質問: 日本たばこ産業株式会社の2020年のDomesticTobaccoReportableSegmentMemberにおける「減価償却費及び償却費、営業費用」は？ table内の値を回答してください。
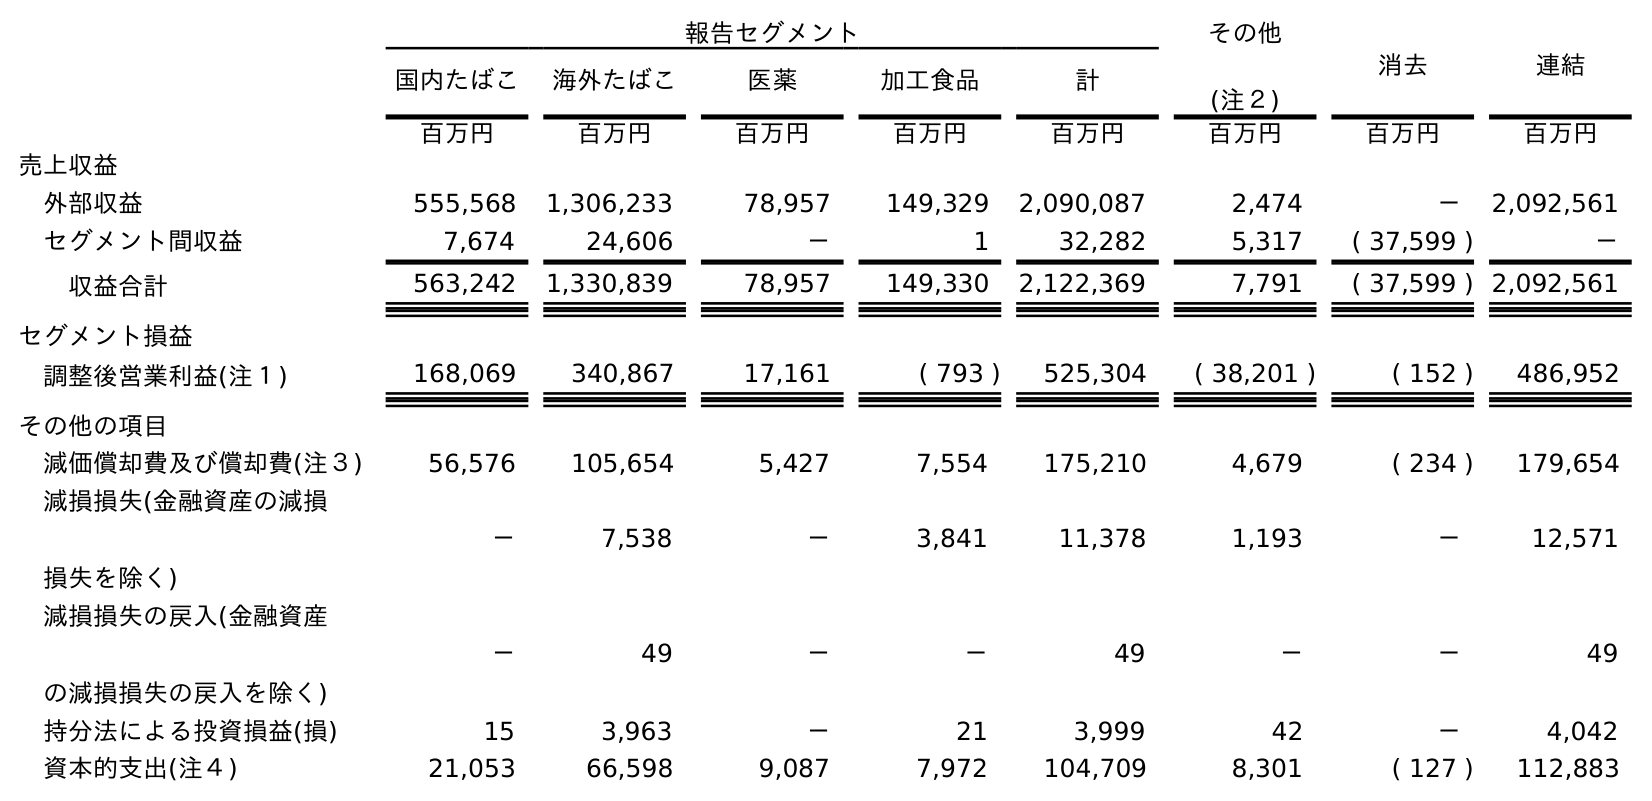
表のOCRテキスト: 報告セグメント その他 (注２) 消去 連結 国内たばこ 海外たばこ 医薬 加工食品 計 百万円 百万円 百万円 百万円 百万円 百万円 百万円 百万円 売上収益 外部収益 555,568 1,306,233 78,957 149,329 2,090,087 2,474 － 2,092,561 セグメント間収益 7,674 24,606 － 1 32,282 5,317 ( 37,599 ) － 収益合計 563,242 1,330,839 78,957 149,330 2,122,369 7,791 ( 37,599 ) 2,092,561 セグメント損益 調整後営業利益(注１) 168,069 340,867 17,161 ( 793 ) 525,304 ( 38,201 ) ( 152 ) 486,952 その他の項目 減価償却費及び償却費(注３) 56,576 105,654 5,427 7,554 175,210 4,679 ( 234 ) 179,654 減損損失(金融資産の減損 損失を除く) － 7,538 － 3,841 11,378 1,193 － 12,571 減損損失の戻入(金融資産 の減損損失の戻入を除く) － 49 － － 49 － － 49 持分法による投資損益(損) 15 3,963 － 21 3,999 42 － 4,042 資本的支出(注４) 21,053 66,598 9,087 7,972 104,709 8,301 ( 127 ) 112,883
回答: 56,576